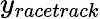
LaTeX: y_{racetrack}